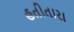
હતીતારા